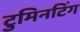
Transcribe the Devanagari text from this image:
टुमिनटिंग